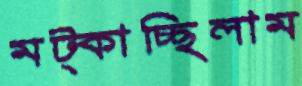
মট্‌কাচ্ছিলাম